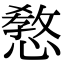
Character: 𢠛